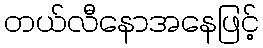
တယ်လီနောအနေဖြင့်